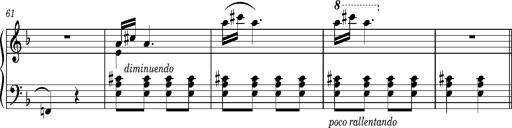
Title: Puszta Wehmut â€“ A puszta keserve
Composer: Franz Liszt
Key: D minor